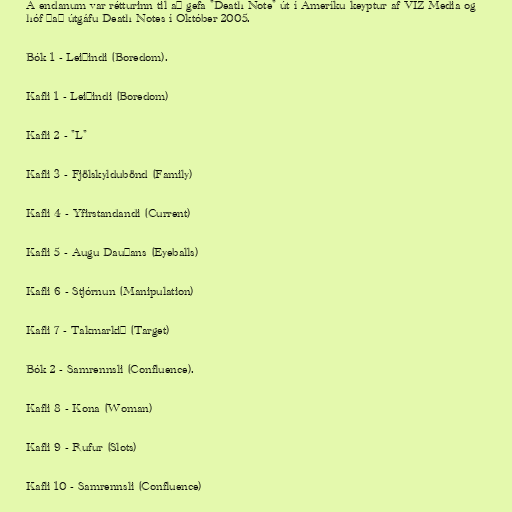
Á endanum var rétturinn til að gefa "Death Note" út í Ameríku keyptur af VIZ Media og
hóf það útgáfu Death Notes í Október 2005.

Bók 1 - Leiðindi (Boredom).

Kafli 1 - Leiðindi (Boredom)

Kafli 2 - "L"

Kafli 3 - Fjölskyldubönd (Family)

Kafli 4 - Yfirstandandi (Current)

Kafli 5 - Augu Dauðans (Eyeballs)

Kafli 6 - Stjórnun (Manipulation)

Kafli 7 - Takmarkið (Target)

Bók 2 - Samrennsli (Confluence).

Kafli 8 - Kona (Woman)

Kafli 9 - Rufur (Slots)

Kafli 10 - Samrennsli (Confluence)